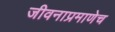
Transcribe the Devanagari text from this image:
जीवनाप्रमाणेच